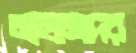
মাহমেদের